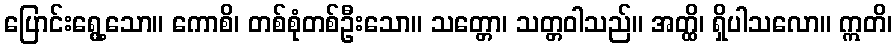
ပြောင်းရွေ့သော။ ကောစိ၊ တစ်စုံတစ်ဦးသော။ သတ္တော၊ သတ္တဝါသည်။ အတ္ထိ၊ ရှိပါသလော။ ဣတိ၊